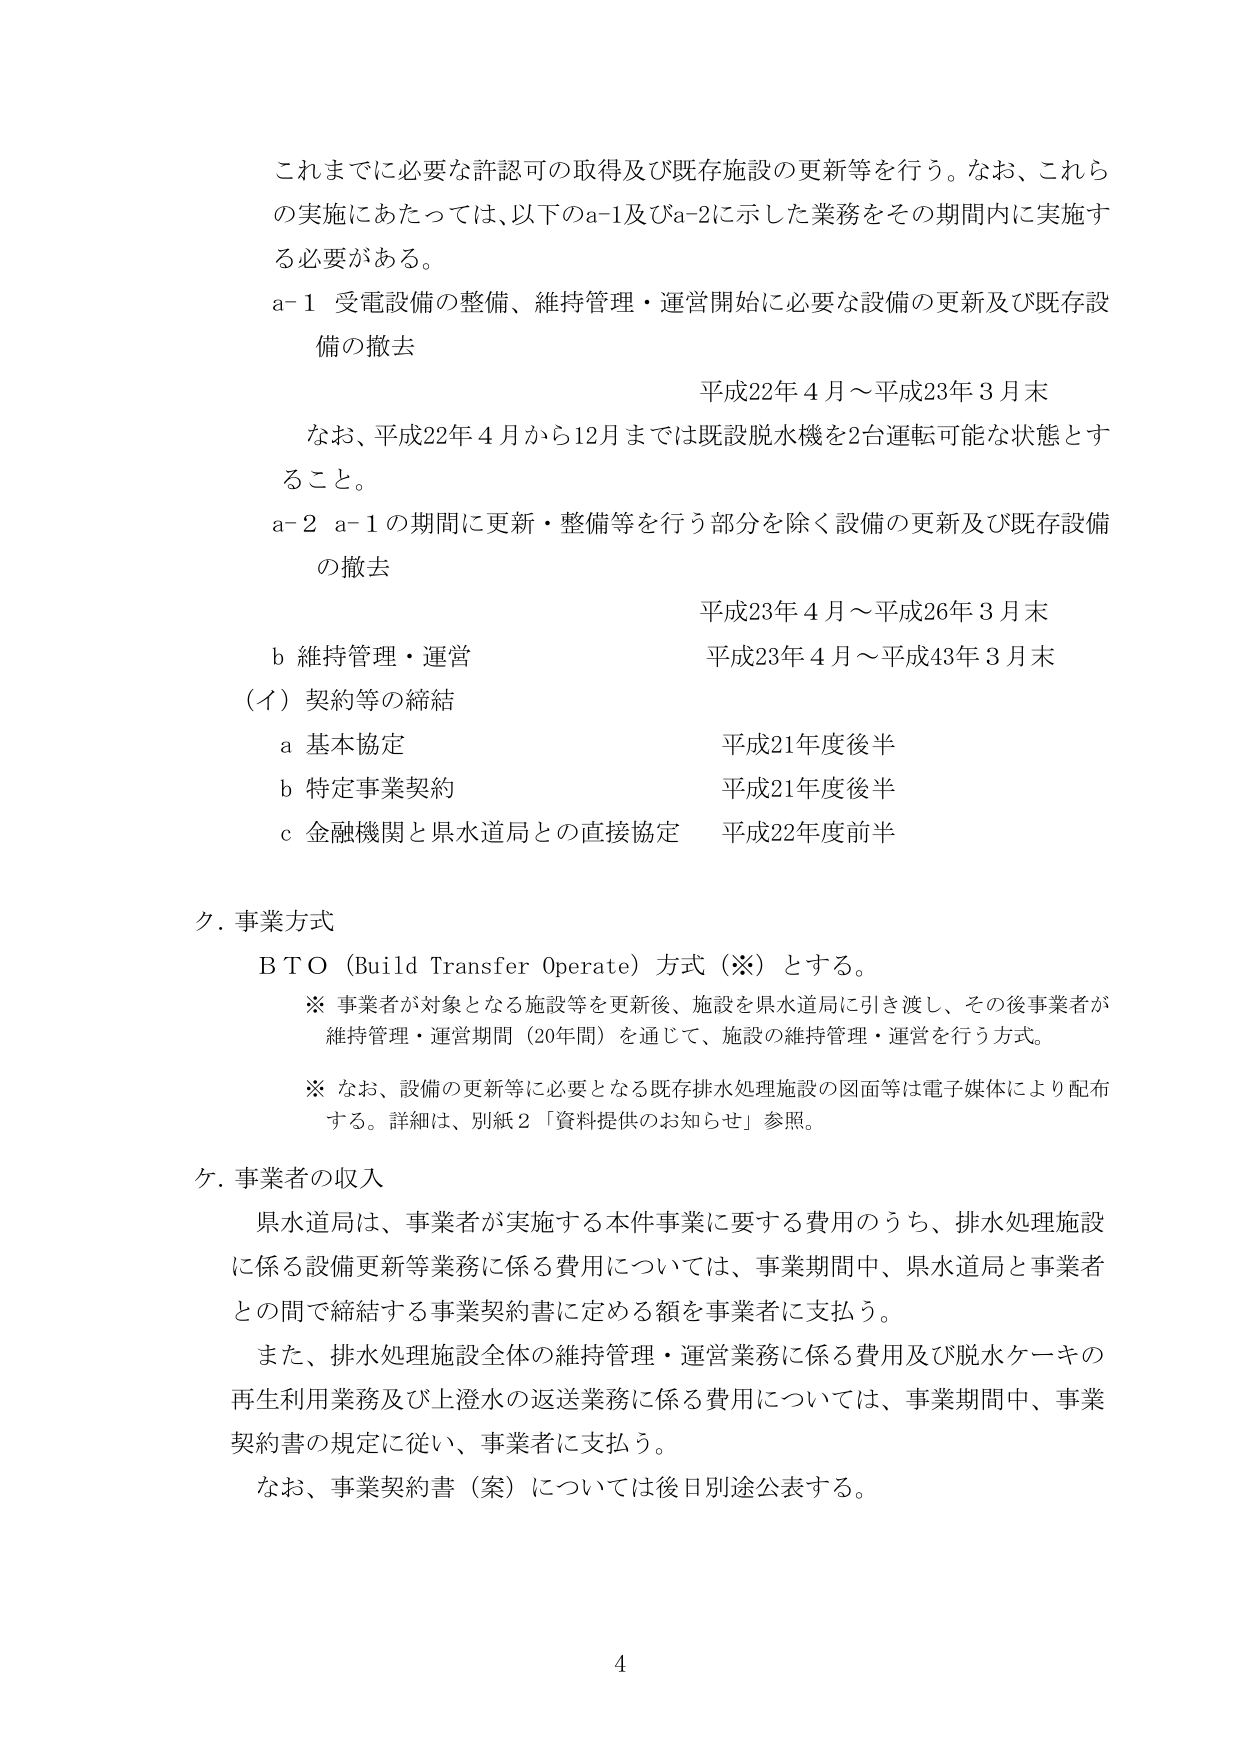
これまでに必要な許認可の取得及び既存施設の更新等を行う。なお、これら
の実施にあたっては、以下のa-1及びa-2に示した業務をその期間内に実施す
る必要がある。
a-1 受電設備の整備、維持管理・運営開始に必要な設備の更新及び既存設
備の撤去
平成22年4月～平成23年3月末
なお、平成22年4月から12月までは既設脱水機を2台運転可能な状態とす
ること。
a-2 a-1の期間に更新・整備等を行う部分を除く設備の更新及び既存設備
の撤去
平成23年4月～平成26年3月末
b 維持管理・運営
平成23年4月～平成43年3月末
（イ）契約等の締結
a 基本協定
平成21年度後半
b 特定事業契約
平成21年度後半
c 金融機関と県水道局との直接協定
平成22年度前半

ク．事業方式
BTO（Build Transfer Operate）方式（※）とする。
※ 事業者が対象となる施設等を更新後、施設を県水道局に引き渡し、その後事業者が
維持管理・運営期間（20年間）を通じて、施設の維持管理・運営を行う方式。
※ なお、設備の更新等に必要となる既存排水処理施設の図面等は電子媒体により配布
する。詳細は、別紙2「資料提供のお知らせ」参照。

ケ．事業者の収入
県水道局は、事業者が実施する本件事業に要する費用のうち、排水処理施設
に係る設備更新等業務に係る費用については、事業期間中、県水道局と事業者
との間で締結する事業契約書に定める額を事業者に支払う。
また、排水処理施設全体の維持管理・運営業務に係る費用及び脱水ケーキの
再生利用業務及び上澄水の返送業務に係る費用については、事業期間中、事業
契約書の規定に従い、事業者に支払う。
なお、事業契約書（案）については後日別途公表する。

4